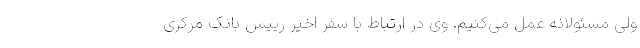
ولی مسئولانه عمل می‌کنیم. وی در ارتباط با سفر اخیر رییس بانک مرکزی